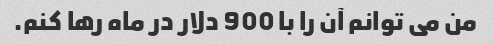
من می توانم آن را با 900 دلار در ماه رها کنم.